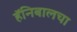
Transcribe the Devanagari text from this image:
हॅनिबालचा